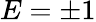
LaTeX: E=\pm 1